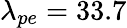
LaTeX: \lambda_{pe}=33.7